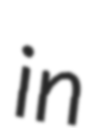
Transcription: in